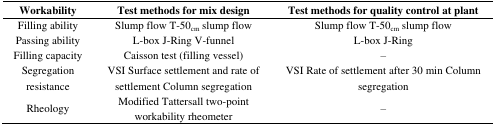
<table><thead><tr><td><b>Workability</b></td><td><b>Test methods for mix design</b></td><td><b>Test methods for quality control at plant</b></td></tr></thead><tbody><tr><td>Filling ability</td><td>Slump flow T-50<sub>cm</sub> slump flow</td><td>Slump flow T-50<sub>cm</sub> slump flow</td></tr><tr><td>Passing ability</td><td>L-box J-Ring V-funnel</td><td>L-box J-Ring</td></tr><tr><td>Filling capacity</td><td>Caisson test (filling vessel)</td><td>–</td></tr><tr><td>Segregation resistance</td><td>VSI Surface settlement and rate of settlement Column segregation</td><td>VSI Rate of settlement after 30 min Column segregation</td></tr><tr><td>Rheology</td><td>Modified Tattersall two-point workability rheometer</td><td>–</td></tr></tbody></table>